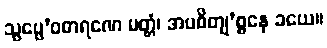
သွပ္ပေ’ဝဓာရဏေ မတ္တံ၊ အပစိတျ’စ္စနေ ခယေ။